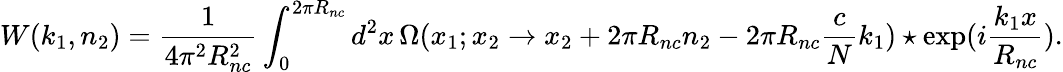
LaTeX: W(k_{1},n_{2})=\frac{1}{4\pi^{2}R_{nc}^{2}}\int_{0}^{2\pi R_{nc}}d^{2}x\, \Omega(x_{1};x_{2}\to x_{2}+2\pi R_{nc}n_{2}-2\pi R_{nc}\frac{c}{N}k_{1})\star\exp(i\frac{k_{1}x}{R_{nc}}).